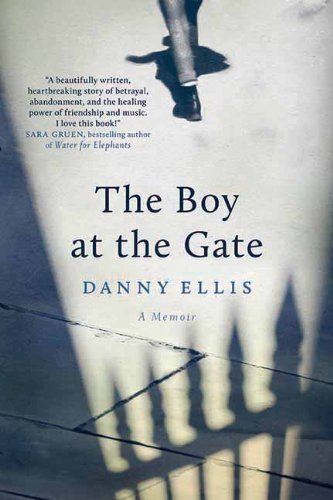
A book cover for The Boy at the Gate: A Memoir; Danny Ellis; Biographies & Memoirs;